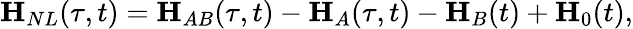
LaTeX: \mathbf{H}_{NL}(\tau,t)=\mathbf{H}_{AB}(\tau,t)-\mathbf{H}_{A}(\tau,t)-\mathbf{H}_{B}(t)+\mathbf{H}_{0}(t),